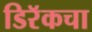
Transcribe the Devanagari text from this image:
डिरॅकचा